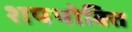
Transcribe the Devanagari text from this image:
शपथोक्ति